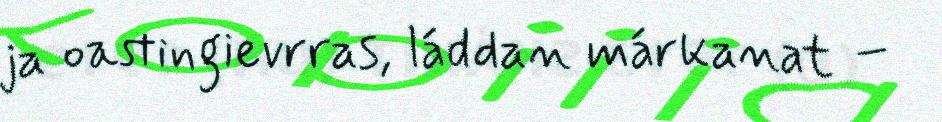
ja oastingievrras, láddan márkanat –